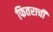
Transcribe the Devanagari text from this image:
फितराची